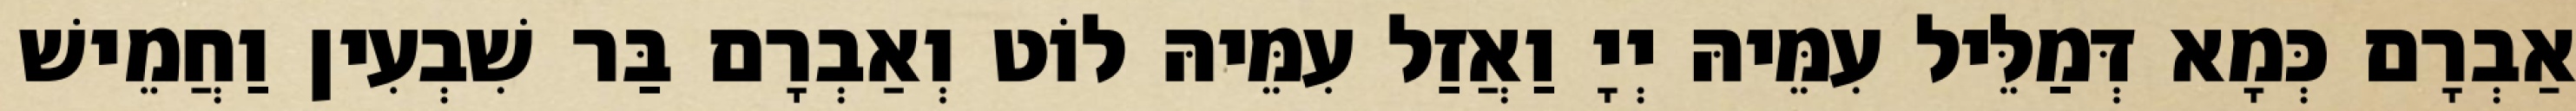
אַבְרָם כְּמָא דְּמַלֵּיל עִמֵּיהּ יְיָ וַאֲזַל עִמֵּיהּ לוֹט וְאַבְרָם בַּר שִׁבְעִין וַחֲמֵישׁ